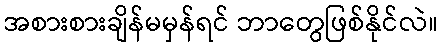
အစားစားချိန်မမှန်ရင် ဘာတွေဖြစ်နိုင်လဲ။